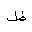
Letter: _za